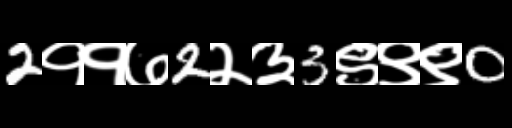
Text: 2११७2२३3९९९0